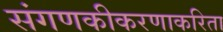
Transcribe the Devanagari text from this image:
संगणकीकरणाकरिता